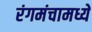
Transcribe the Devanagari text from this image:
रंगमंचामध्ये